Civil Veterinary Department. United Provinces 1912-22 - 1912-1922
Year: 1912
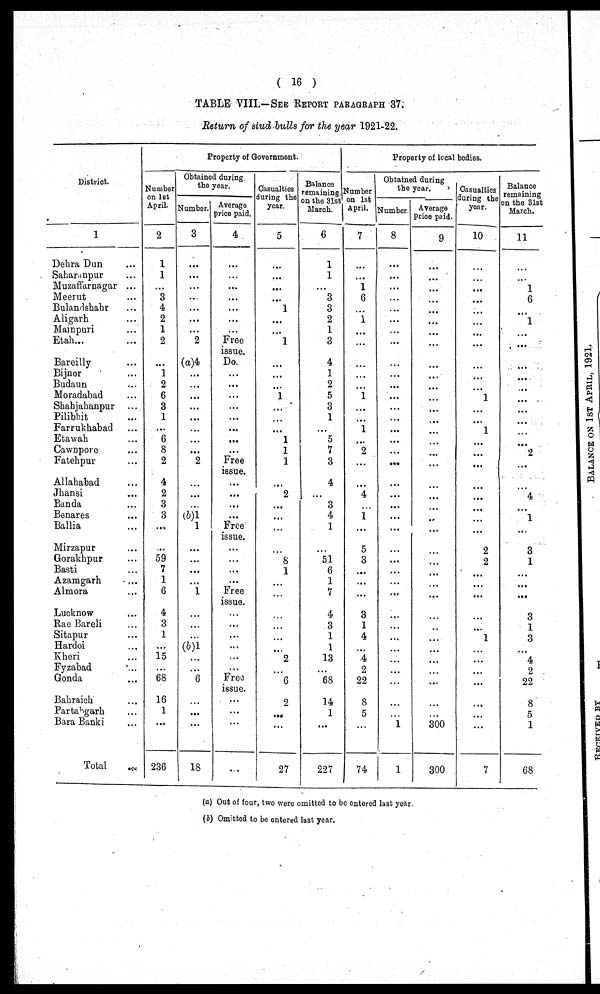
( 16 )
TABLE VIIL—SEE REPORT PARAGRAPH 37.
Return of siud bulls for the year 1921-22.
District.
1
Dehra Dun ...
Saharanpur ...
Muzaffarnagar ...
Meerut ...
Bulandshahr ...
Aligarh ...
Mainpuri ...
Etah . . . ...
Bareilly ...
Bijnor ...
Budaun ...
Moradabad ...
Shahjahanpur ...
Pilibhit ...
Farrukhabad ...
Etawah ...
Cawnpore ...
Fatehpur ...
Allahabad
Jhansi ...
Banda ...
Benares
Ballia ...
Mirzapur ...
Gorakhpur ...
Basti ...
Azamgarh ...
Almora ...
Lucknow ...
Rae Bareli ...
Sitapur ...
Hardoi ...
Kheri ...
Fyzabad ...
Gonda ...
Bahraich ...
Partabgarh ...
Bara Banki ...
Total ...
Property of Government.
Number
on let
April.
2
1
1
...
3
4
2
1
2
...
1
2
6
3
1
...
6
8
2
4
2
3
3
...
...
59
7
1
6
4
3
1
...
15
68
16
1
...
236
Obtained during
the year.
Number.
3
...
...
...
...
...
...
...
2
(a)4
...
...
...
...
...
...
...
...
2
...
...
...
(b)1
1
...
...
...
...
1
...
...
...
(b)1
6
...
...
...
18
Average
price paid.
4
...
...
...
...
...
...
...
Free
issue.
Do.
...
...
...
...
...
...
...
...
Free
issue.
...
...
...
...
Free
issue.
...
...
...
...
Free
issue.
...
...
...
...
...
...
Free
issue.
...
...
...
...
Casualties
during the
year.
5
...
...
...
...
1
...
...
1
...
...
...
1
...
...
...
1
1
1
...
2
...
...
...
...
8
1
...
...
...
...
...
...
2
6
2
...
...
27
Balance
remaining
on the 31st
March.
6
1
1
...
3
3
2
1
3
4
1
2
5
3
1
...
5
7
3
4
...
3
4
1
...
51
6
1
7
4
3
1
1
13
68
14
1
...
227
Property of local bodies.
Number
on 1st
April.
7
...
...
1
6
...
1
...
...
...
...
...
1
...
...
1
...
2
...
...
4
...
1
...
5
3
...
...
...
3
1
4
...
4
2
22
8
5
...
74
Obtained during
the year.
Number.
8
...
...
...
...
...
...
...
...
...
...
...
...
...
...
...
...
...
...
...
...
...
...
...
...
...
...
...
...
...
...
...
...
...
...
...
...
...
1
1
Average
Price paid.
9
...
...
...
...
...
...
...
...
...
...
...
...
...
...
...
...
...
...
...
...
...
...
...
...
...
...
...
...
...
...
...
...
...
...
...
...
...
300
300
Casualties
during the
year.
10
...
...
...
...
...
...
...
...
...
...
...
1
...
...
1
...
...
...
...
...
...
...
...
2
2
...
...
...
...
...
1
...
...
...
...
...
...
...
7
Balance
remaining
on the 31st
March.
11
...
...
1
6
...
1
...
...
...
...
...
...
...
...
...
...
2
...
...
4
...
1
...
3
1
...
...
...
3
1
3
...
4
2
22
8
5
1
68
(a) Out of four, two were omitted to be entered last year.
(b) Omitted to be entered last year.